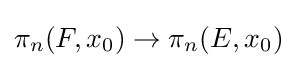
\pi _{n}(F,x_{0})\rightarrow \pi _{n}(E,x_{0})